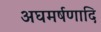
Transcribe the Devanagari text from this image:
अघमर्षणादि